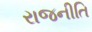
રાજનીતિ